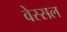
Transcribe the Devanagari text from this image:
वेस्सल